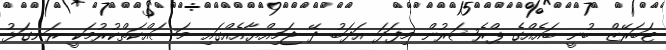
ޓަބަރޭޒް ބުނީ ބައެއްގެ ޕްރެޝަރުން މިފަދަ އަދަބު ދޭ ޖަމިއްޔާއެއްގައި މަސައްކަތްކުރުމަކީ ރަނގަޅު